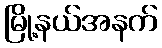
မြို့နယ်အနက်